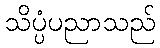
သိပ္ပံပညာသည်